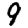
Digit: 9